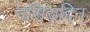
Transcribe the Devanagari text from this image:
नसिरुद्दिन